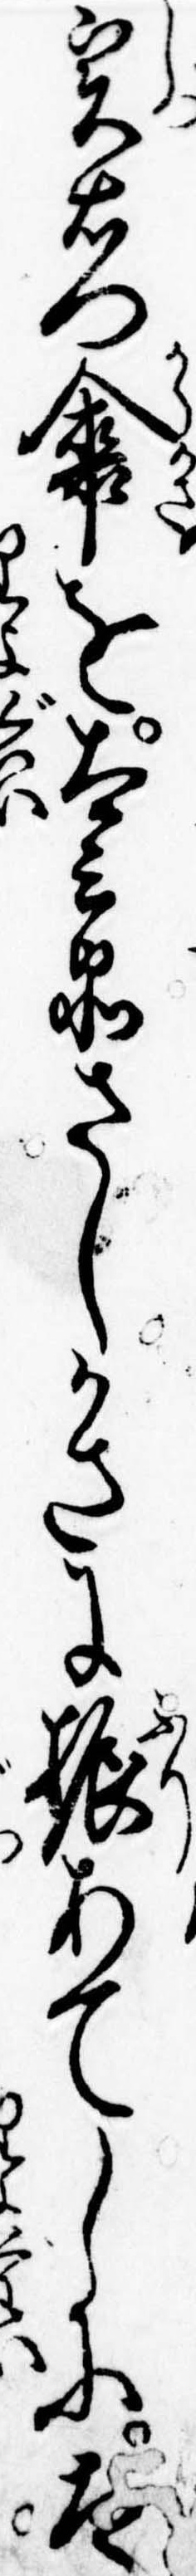
実右門傘を太兵衛さしかさに振あてしに太